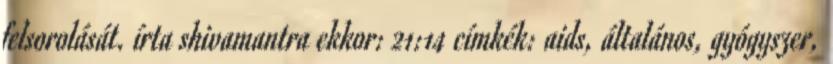
felsorolását. írta shivamantra ekkor: 21:14 címkék: aids, általános, gyógyszer,